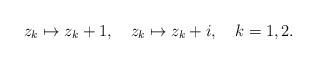
LaTeX: \begin{align*}z_k\mapsto z_k+1,\quad z_k\mapsto z_k+i,\quad k=1,2.\end{align*}